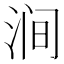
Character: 涧